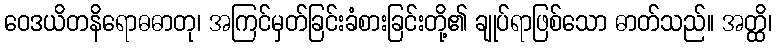
ဝေဒယိတနိရောဓဓာတု၊ အကြင်မှတ်ခြင်းခံစားခြင်းတို့၏ ချုပ်ရာဖြစ်သော ဓာတ်သည်။ အတ္ထိ၊